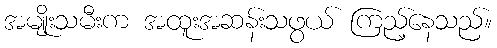
အမျိုးသမီးက အထူးအဆန်းသဖွယ် ကြည့်နေသည်။